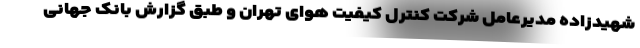
شهیدزاده مدیرعامل شرکت کنترل کیفیت هوای تهران و طبق گزارش بانک جهانی